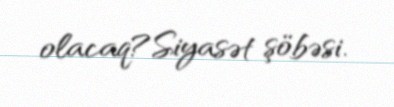
olacaq?Siyasət şöbəsi.